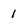
Character: 1